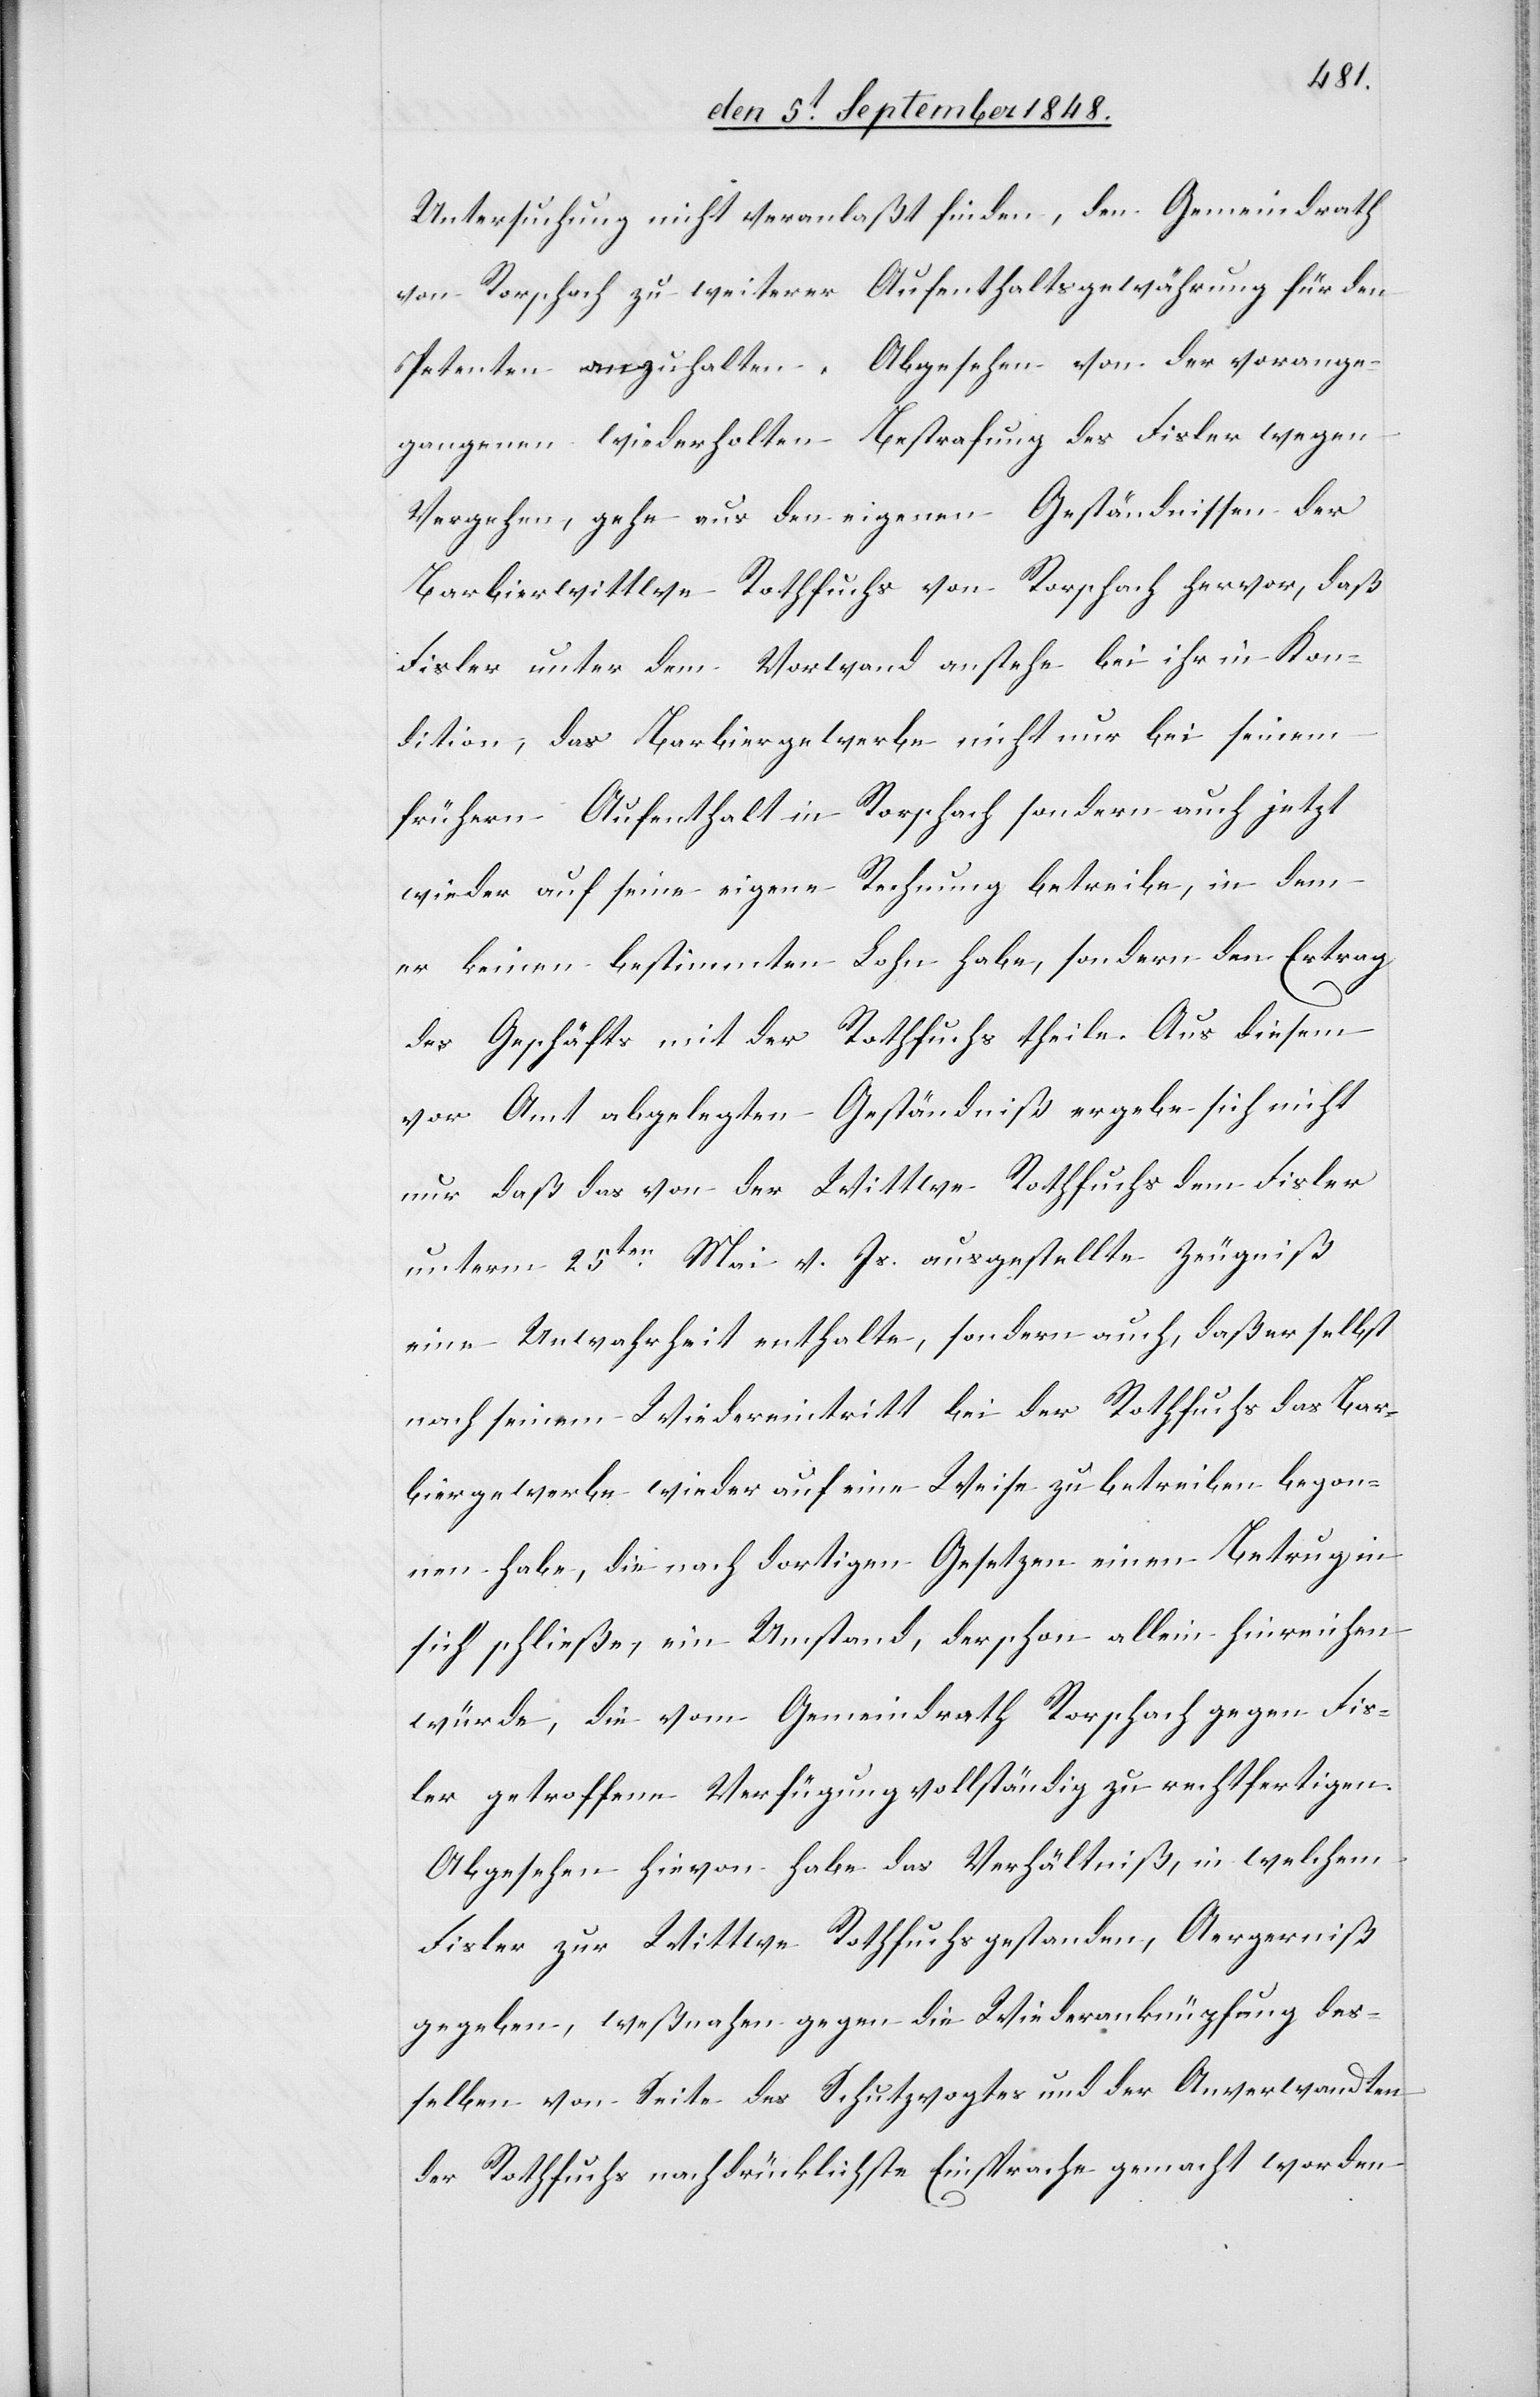
Untersuchung nicht veranlaßt finden, den Gemeindrath
von Rorschach zu weiterer Aufenthaltsgewährung für den
Petenten anzuhalten. Abgesehen von der vorange¬
gangenen wiederholten Bestrafung des Fisler wegen
Vergehen, gehe aus den eigenen Geständnissen der
Barbierwittwe Rothfuchs von Rorschach hervor, daß
Fisler unter dem Vorwand anstehe bei ihr in Kon¬
dition, das Barbiergewerbe nicht nur bei seinem
frühern Aufenthalt in Rorschach sondern auch jetzt
wieder auf seine eigene Rechnung betreibe, in dem
er keinen bestimmten Lohn habe, sondern den Ertrag
des Geschäfts mit der Rothfuchs theile. Aus diesem
vor Amt abgelegten Geständniß ergebe sich nicht
nur daß das von der Wittwe Rothfuchs dem Fisler
unterm 25ten Mai v. Js. ausgestellt Zeugniß
eine Unwahrheit enthalte, sondern auch, daß er selbst
nach seinem Wiedereintritt bei der Rothfuchs das Bar¬
biergewerbe wieder auf eine Weise zu betreiben begon¬
nen habe, die nach dortigen Gesetzen einen Betrug in
sich schließe, ein Umstand, der schon allein hinreichen
würde, die vom Gemeindrath Rorschach gegen Fis¬
ler getroffene Verfügung vollständig zu rechtfertigen.
Abgesehen hievon habe das Verhältniß, in welchem
Fisler zur Wittwe Rothfuchs gestanden, Aergerniß
gegeben, weßnahen gegen die Wiederanknüpfung des¬
selben von Seite des Schutzvogtes und der Anverwandten
der Rothfuchs nachdrücklichste Einsprache gemacht worden